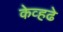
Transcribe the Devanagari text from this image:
केव्हढे